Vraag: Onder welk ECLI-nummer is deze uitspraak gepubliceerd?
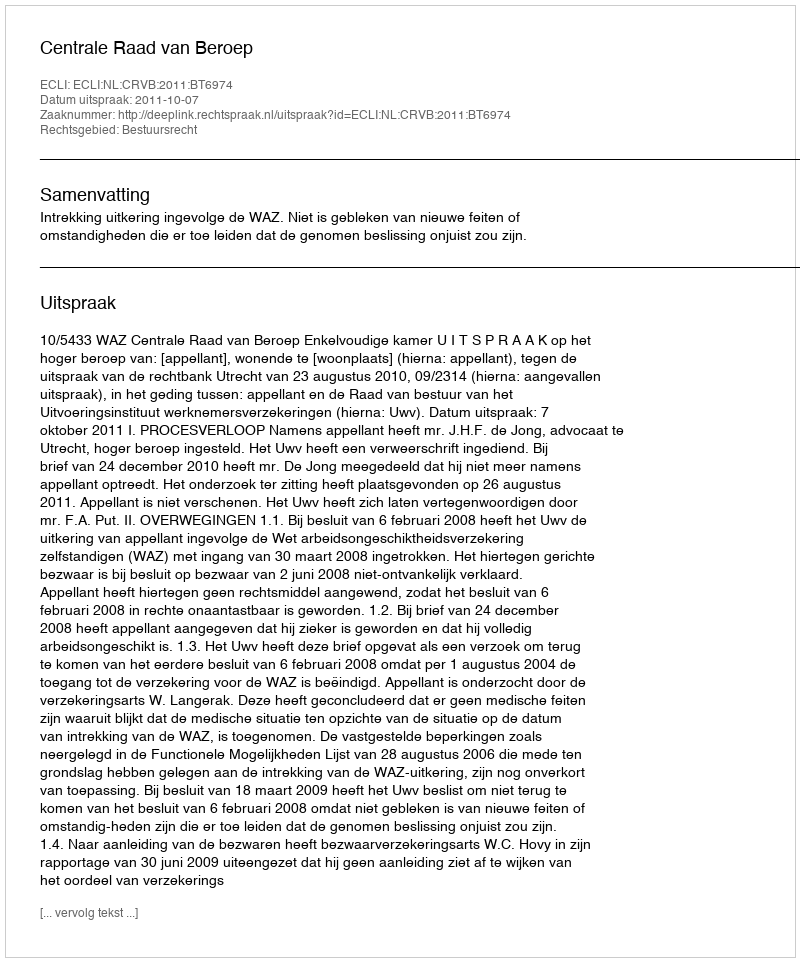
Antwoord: ECLI:NL:CRVB:2011:BT6974